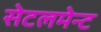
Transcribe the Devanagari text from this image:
सेटलमेन्ट